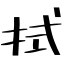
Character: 拭